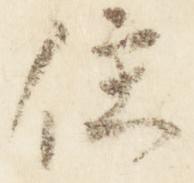
住